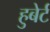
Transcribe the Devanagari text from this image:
हुबेर्ट